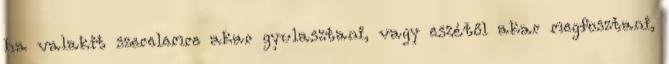
ha valakit szerelemre akar gyulasztani, vagy eszétől akar megfosztani,